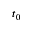
t _ { 0 }